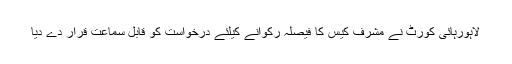
لاہورہائی کورٹ نے مشرف کیس کا فیصلہ رکوانے کیلئے درخواست کو قابل سماعت قرار دے دیا